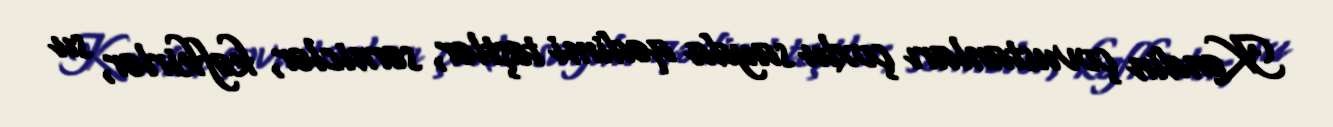
Kəndin çovustanları çoxlu sayda qədimi teştlər, sərniclər, kəfkirlər, su